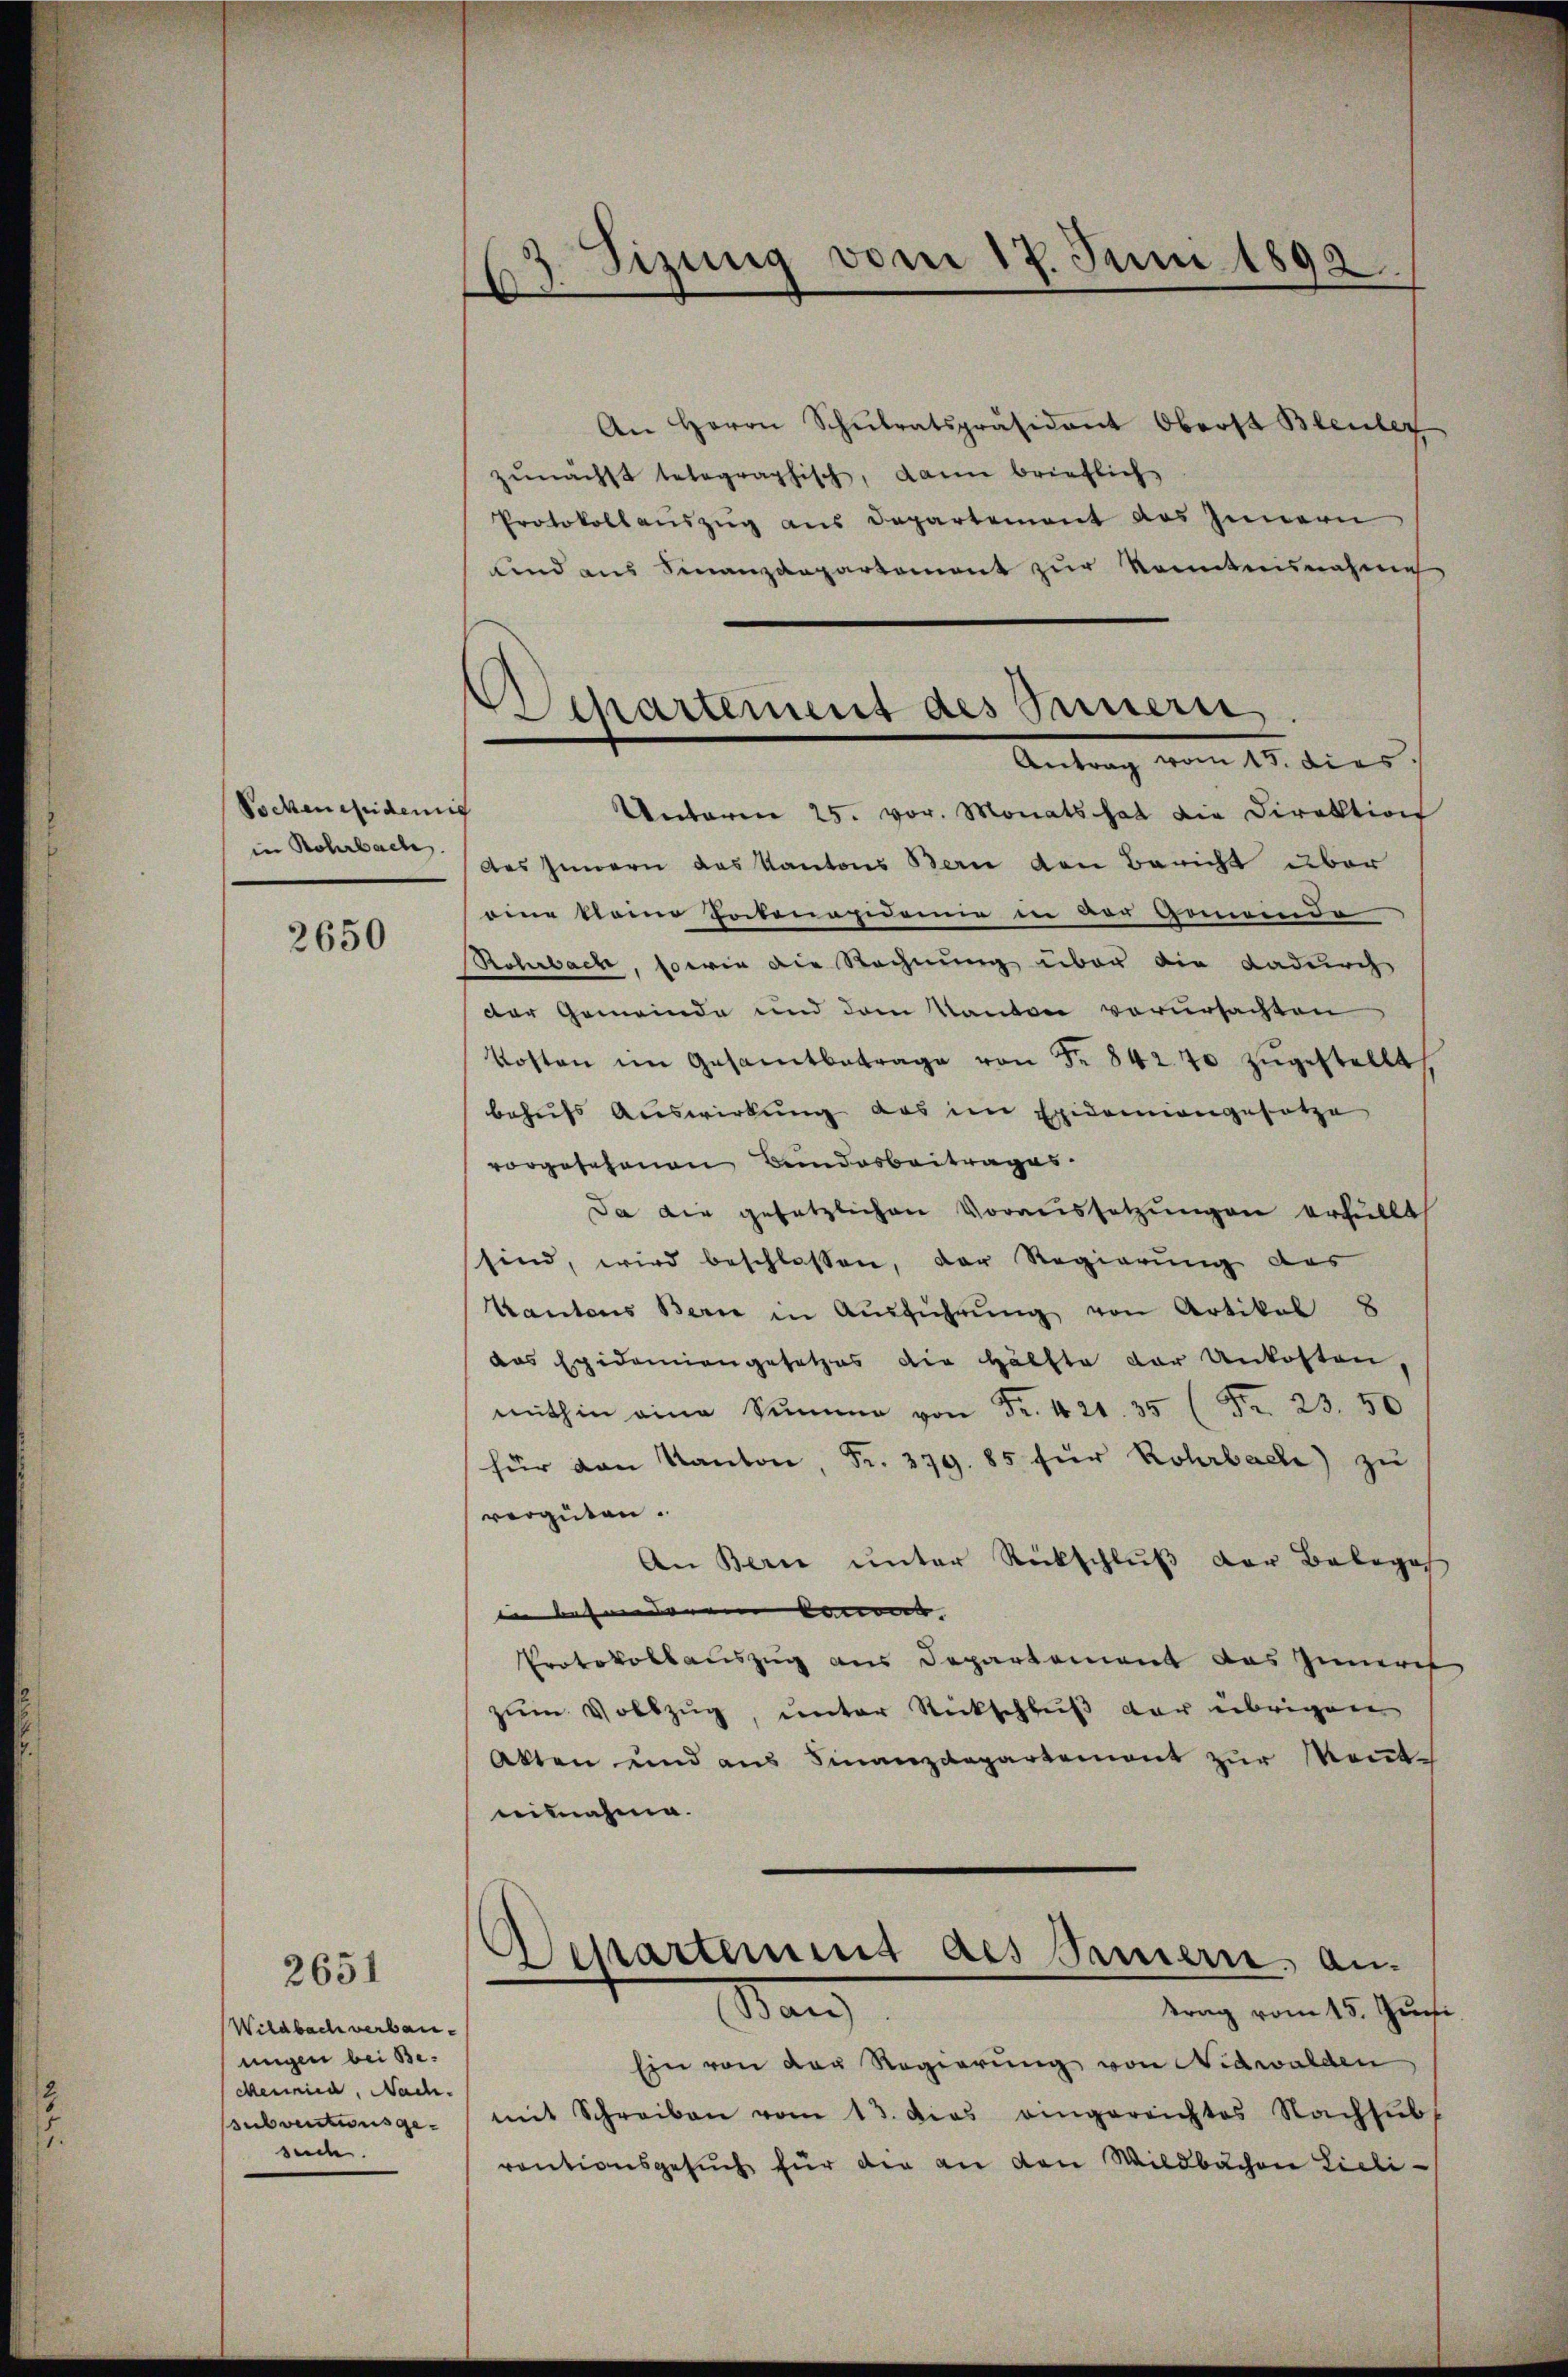
Sockenepidemis
in Rohrbach.

2650

Wildbach verbauungen bei Be¬
Mermied, Nach.
subventionsgesuc.

2651

3 Sizung vom 17. Juni 1892.
.

Departement des Innern,
Antrag vom 15. dies

Separterung des Sauern, an¬

An Herrn Schŭlratspräsidant Oberst Bleuler
zunächst telegraphisch, dann brieflich
Protokollaŭszŭg ans Departement des Innern
und aus Finanzdepartement zur Kenntnisnahme
Unteren 25. vor. Monats hat die Direktion
des Innern das Kantons Bern den Bericht über
eine kleine Potenapidemie in der Gemeinde
Rohrbach, sowie die Rechnung über die Dadurch
der Gemeinde und dem Kanton verursachten
Kosten im Gesamtbetrage von Fr. 842. 70 zugestellt
behufs Auswirkung das im Epidemiengesetze
vorgesehenen Bundesbeitrages.
Da die gesetzlichen Voraussetzungen erhüllt
sind, wird beschlossen, der Regierung des
Kantons Bern in Aŭsführŭng von Artikal 8
das Epidemiengesetzes die Hälfte der Unkosten,
mithin eine Summe von Fr. 421. 35 (Fr. 23. 50
für von Kanton, Fr. 379. 85 für Rohrbach) zŭ
vergüten.
An Bern unter Rückschluß der Belege
in besonderen Concert. |
Protokollauszug aus Departement das Zimeres
zum Vollzug, unter Rückschluß der übrigen
Akten und aus Finanzdepartement zur Kenntninnahme.
trag vom 15. Juni
Ein von der Regierung von Nidwalden
mit Schreiben vom 13. das eingereichtes Nachsub-
ventionsgesuch für die an den Wildbachen Lieli¬